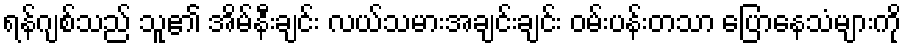
ရန်ဂျစ်သည် သူ၏ အိမ်နီးချင်း လယ်သမားအချင်းချင်း ဝမ်းပန်းတသာ ပြောနေသံများကို